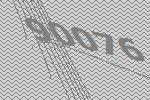
90076